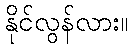
နိုင်လွန်လား။